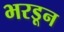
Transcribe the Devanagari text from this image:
भरडून